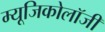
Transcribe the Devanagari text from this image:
म्‍यूजिकोलॉजी